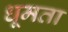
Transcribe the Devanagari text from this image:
धूमता